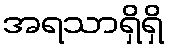
အရသာရှိရှိ